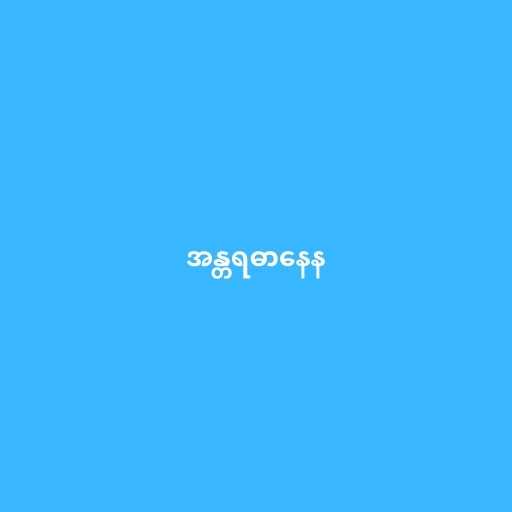
အန္တရဓာနေန